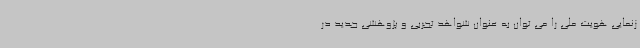
زنمایی هویت ملی را می توان به عنوان شواهد تجربی و پژوهشی جدید در